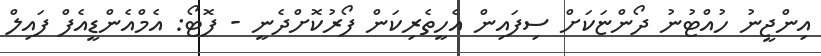
އިންޖީނު ހުއްޓުނު ދޯންޏަކަށް ސިފައިން އެހީތެރިކަން ފޯރުކޮށްދެނީ - ފޮޓޯ: އެމްއެންޑީއެފް ފައިލް